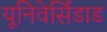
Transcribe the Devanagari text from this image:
यूनिवेर्सिडाड